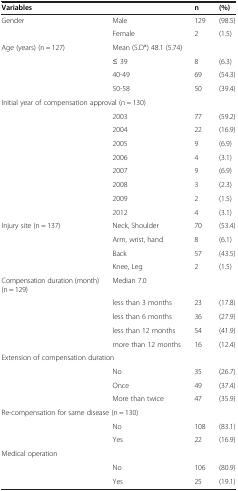
| Variables |  | n | (%) |
 | --- | --- | --- | --- |
 | Gender | Male | 129 | (98.5) |
 |  | Female | 2 | (1.5) |
 | Age (years) (n = 127) | <COLSPAN=3> Mean (S.D*) 48.1 (5.74) |
 |  | ≤ 39 | 8 | (6.3) |
 |  | 40-49 | 69 | (54.3) |
 |  | 50-58 | 50 | (39.4) |
 | <COLSPAN=2> Initial year of compensation approval (n = 130) |  |  |
 |  | 2003 | 77 | (59.2) |
 |  | 2004 | 22 | (16.9) |
 |  | 2005 | 9 | (6.9) |
 |  | 2006 | 4 | (3.1) |
 |  | 2007 | 9 | (6.9) |
 |  | 2008 | 3 | (2.3) |
 |  | 2009 | 2 | (1.5) |
 |  | 2012 | 4 | (3.1) |
 | Injury site (n = 137) | Neck, Shoulder | 70 | (53.4) |
 |  | Arm, wrist, hand | 8 | (6.1) |
 |  | Back | 57 | (43.5) |
 |  | Knee, Leg | 2 | (1.5) |
 | Compensation duration (month) (n = 129) | Median 7.0 |  |  |
 |  | less than 3 months | 23 | (17.8) |
 |  | less than 6 months | 36 | (27.9) |
 |  | less than 12 months | 54 | (41.9) |
 |  | more than 12 months | 16 | (12.4) |
 | <COLSPAN=2> Extension of compensation duration |  |  |
 |  | No | 35 | (26.7) |
 |  | Once | 49 | (37.4) |
 |  | More than twice | 47 | (35.9) |
 | <COLSPAN=2> Re-compensation for same disease (n = 130) |  |  |
 |  | No | 108 | (83.1) |
 |  | Yes | 22 | (16.9) |
 | Medical operation |  |  |  |
 |  | No | 106 | (80.9) |
 |  | Yes | 25 | (19.1) |